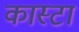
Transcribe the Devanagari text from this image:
कास्टा